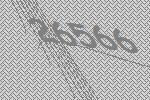
26566